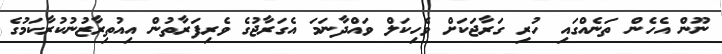
ނޫން އެހެން ތަނެއްގައި ހުރި ގަރާޖަކަށް ވެހިކަލް ވައްދާނަމަ އެގަރާޖުގެ ވެރިފަރާތުން އިއުތިރާޒުނުކުރާކަމުގެ